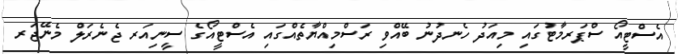
އެސްޓީއޯ ސްޕަރމާޓުގައި މިއަދު ހެނދުނު ބޭއްވި ރަސްމިއްޔާތެއްގައި އެސްޓީއޯގެ ސީނިއަރ ޖެނެރަލް މެނޭޖަރ